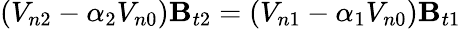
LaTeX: (V_{n2}-\alpha_{2}V_{n0})\mathbf{B}_{t2}=(V_{n1}-\alpha_{1}V_{n0})\mathbf{B}_{t1}